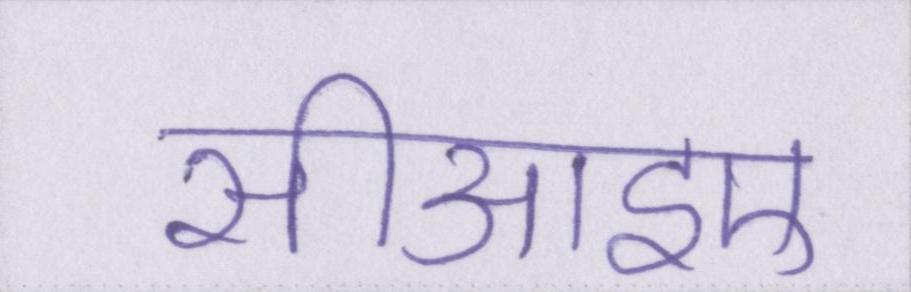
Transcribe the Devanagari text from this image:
सीआइए